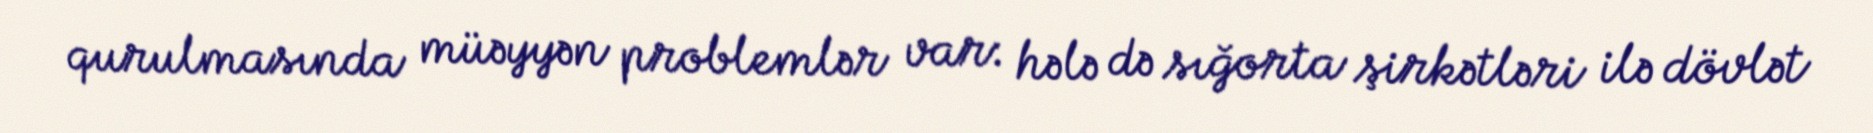
qurulmasında müəyyən problemlər var: hələ də sığorta şirkətləri ilə dövlət